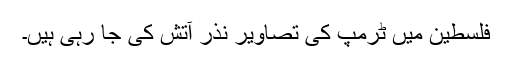
فلسطین میں ٹرمپ کی تصاویر نذر آتش کی جا رہی ہیں۔